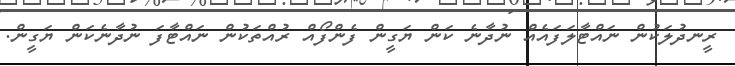
ރީނދުލަކުން ނައްޓާލަފައެއް ނުދާނެ ކަން ޔަގީން ފެންފޯއް ރުއްތަކުން ނައްޓާފަ ނުދާނެކަން ޔަގީން.